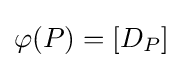
\varphi (P)=[D_{P}]